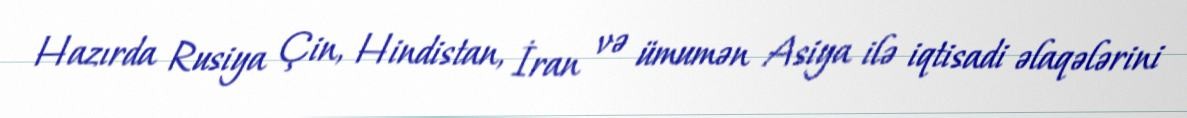
Hazırda Rusiya Çin, Hindistan, İran və ümumən Asiya ilə iqtisadi əlaqələrini